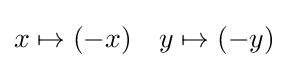
{\begin{aligned}x\mapsto (-x)&&y\mapsto (-y)\end{aligned}}